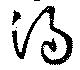
湯